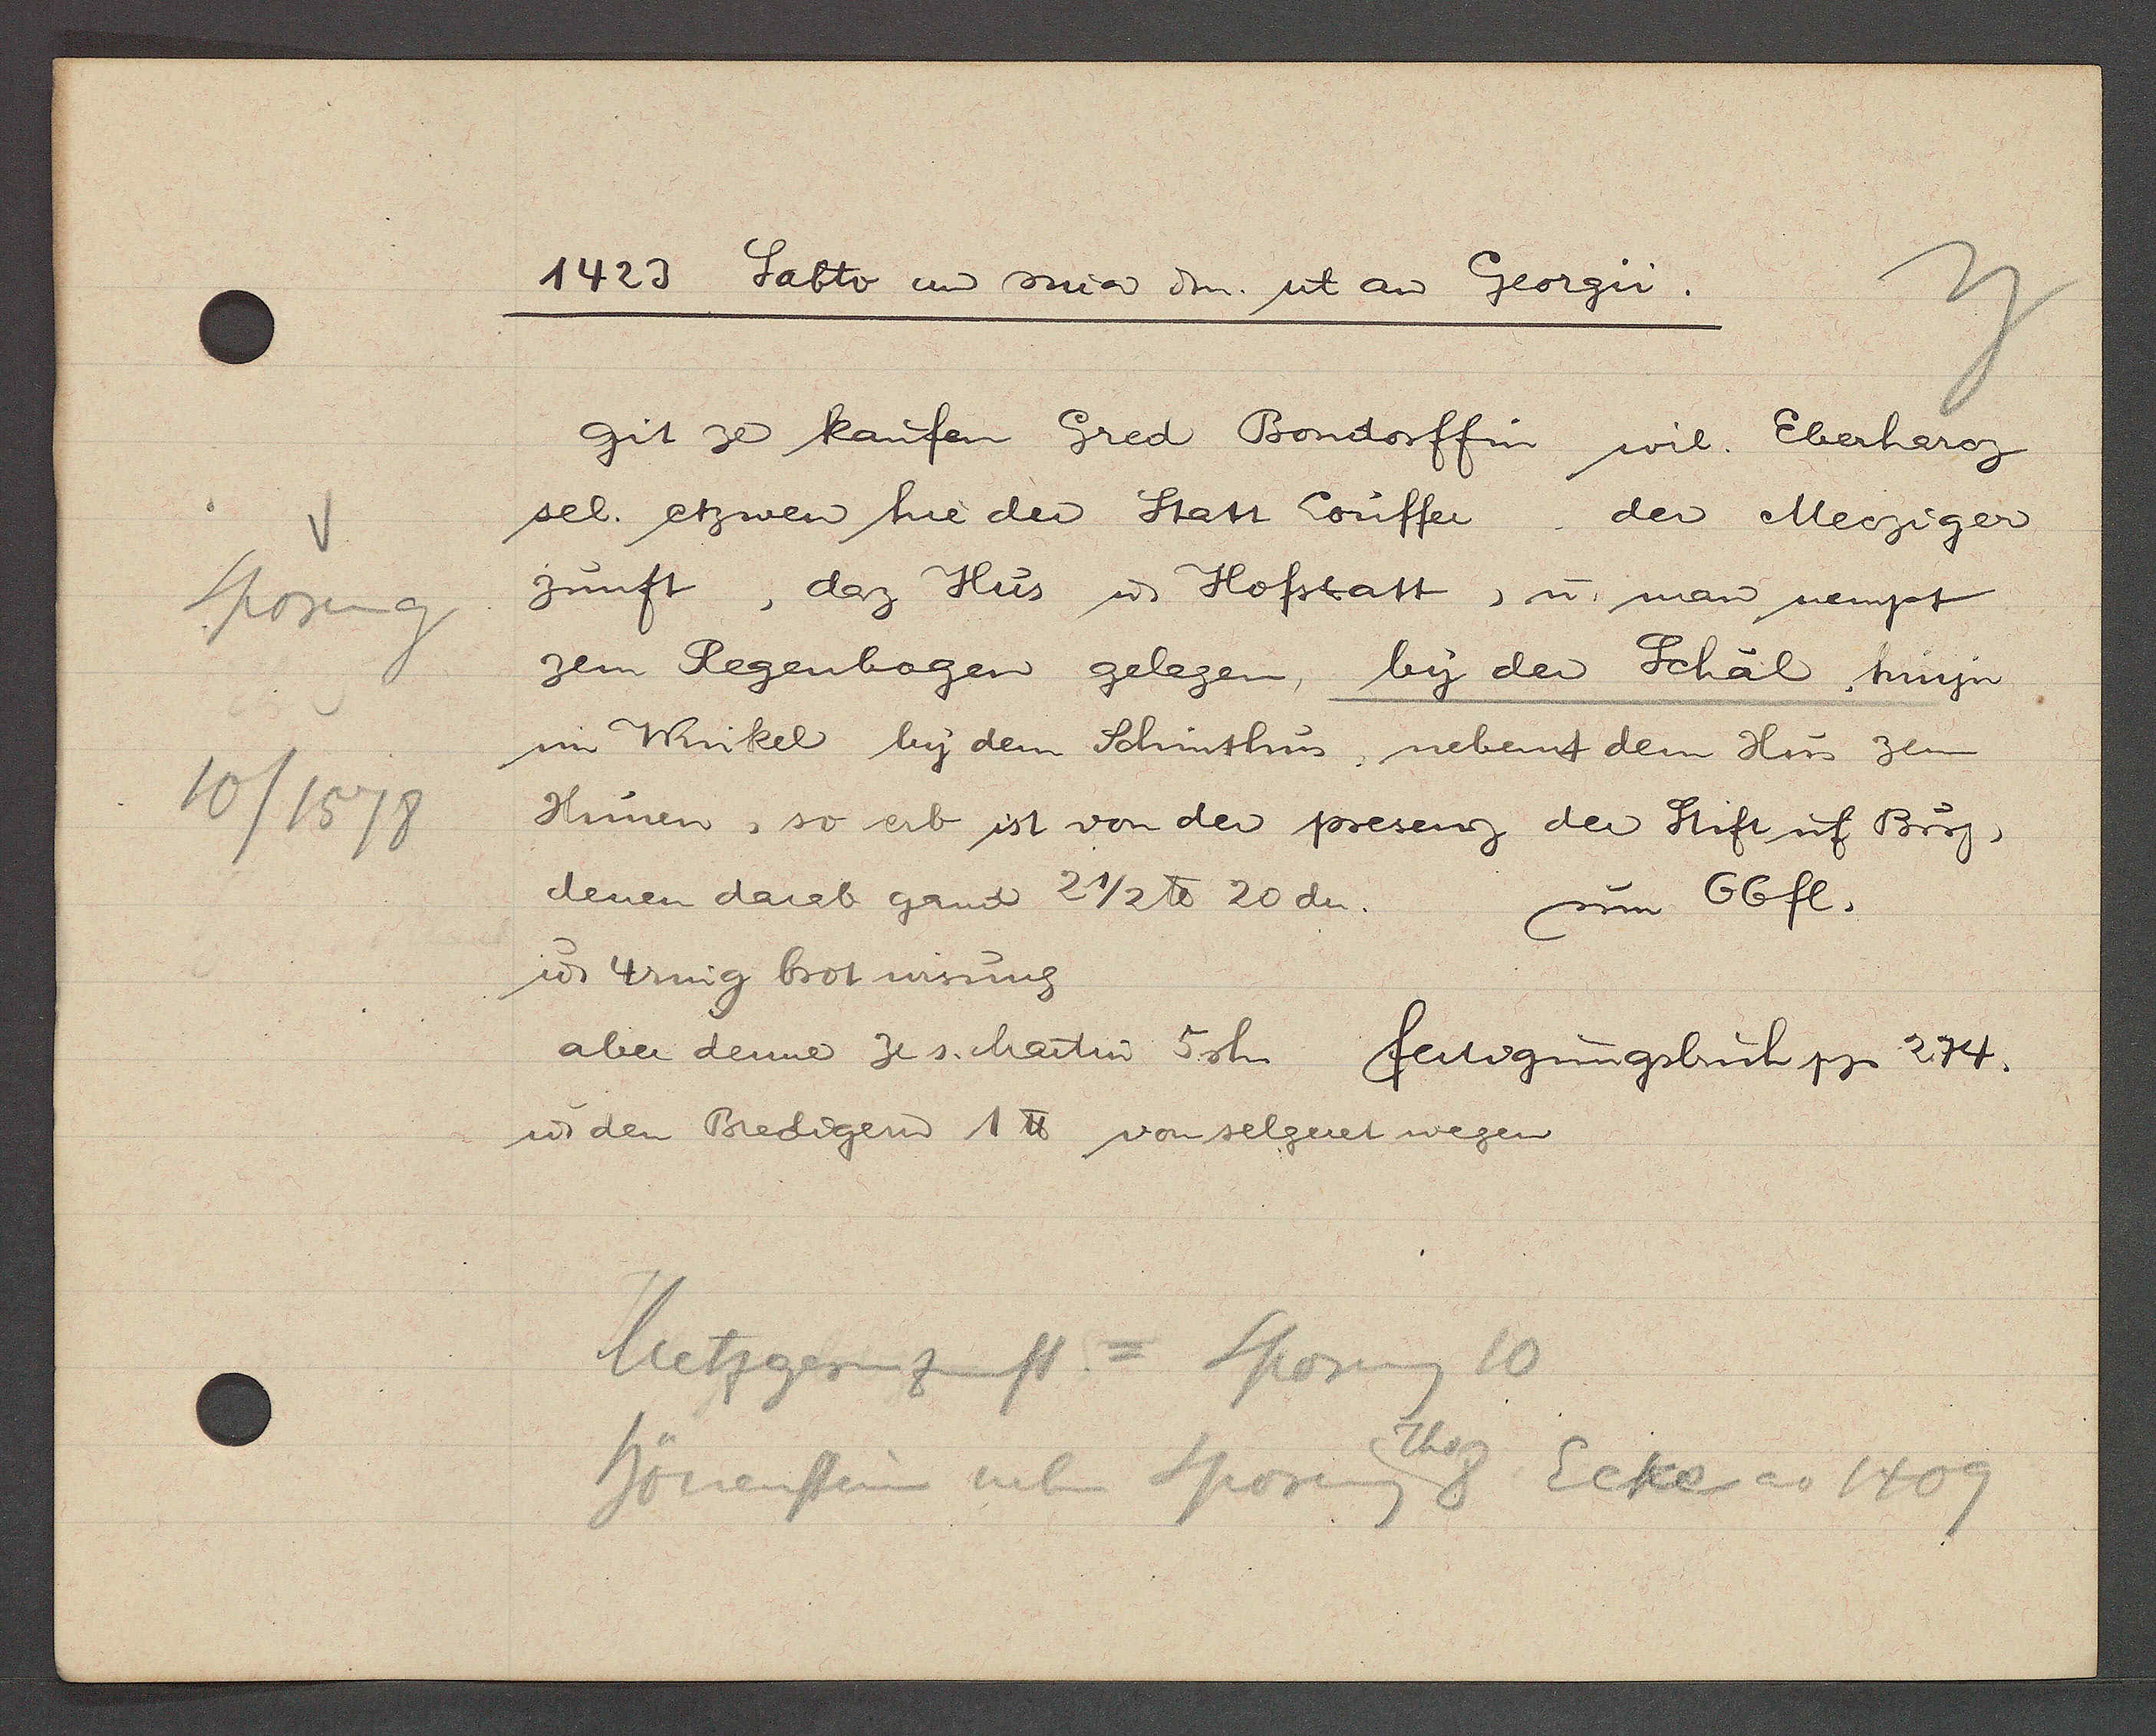
Transcript:
Sporeng
10/1578

1423 Sabto aȵ mia dm. ut aȵ Georgii.

git ze kaufen Gred Bondorffin wil. Eberharz
sel. etzwen hie der Statt Louffer der Mecziger
Zunft, daz Hus u. Hofstatt, u. man nempt
zem Regenbogen gelegen, by der Schäl hinjn
im Winkel by dem Schinthus, nebent dem Hus zem
Hunen, so erb ist von der presenz der Stift uf Burg,
denen darab gand 2 1/2 ℔ 20 dn.
um 66 fl.
u. 4ring brot wisung
aber denne ze s. Martin 5 sh.
u. den Bredigen 1 ℔ von selgeret wegen

fertigungsbuch pg 274.

Metzgernzunft = Sporeng 10
Th v
hönenstein neben Sporeng 8
Ecke ao 1409